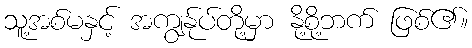
သူ့အစ်မနှင့် အကျွန်ုပ်တို့မှာ နို့စို့ဘက် ဖြစ်၏။